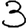
Digit: 3